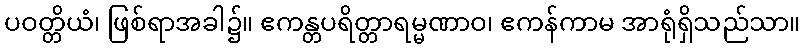
ပဝတ္တိယံ၊ ဖြစ်ရာအခါ၌။ ဧကန္တပရိတ္တာရမ္မဏာဝ၊ ဧကန်ကာမ အာရုံရှိသည်သာ။